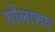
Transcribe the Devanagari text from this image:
गोलाशय